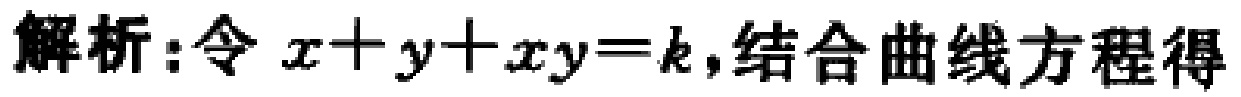
解析：令 \(x + y+xy = k\)，结合曲线方程得